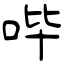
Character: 哔